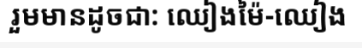
រួមមានដូចជា: ឈៀងម៉ៃ-ឈៀង